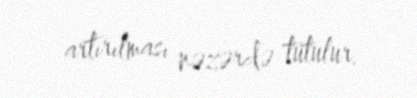
artırılması nəzərdə tutulur.